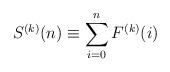
LaTeX: \begin{align*}S^{(k)}(n) \equiv \sum_{i=0}^{n} F^{(k)}(i)\end{align*}